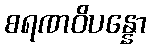
စရဏဝိပန္နော